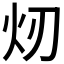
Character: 𪸐